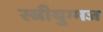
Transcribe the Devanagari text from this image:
स्त्रीयुग्मज